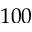
1 0 0